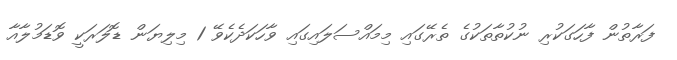
ފަރާތުން ފާހަގަކުރި ނުކުތާތަކުގެ ތެރޭގައި މިމައްސަލައިގައި ވާހަކަދެކެވޭ 1 މިލިޔަން ޑޮލަރަކީ ވޮޑަމުލާއާ